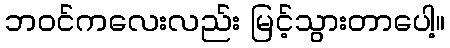
ဘဝင်ကလေးလည်း မြင့်သွားတာပေါ့။